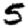
Digit: 5